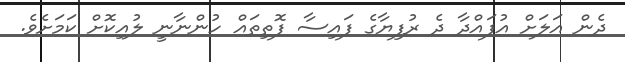
ދެން އަލަށް އުފައްދާ ދެ ރުފިޔާގެ ފައިސާ ފޮތިތައް ހުންނާނީ ލުއިކޮށް ކަމަށެވެ.